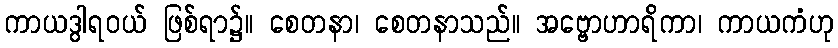
ကာယဒွါရဝယ် ဖြစ်ရာ၌။ စေတနာ၊ စေတနာသည်။ အဗ္ဗောဟာရိကာ၊ ကာယကံဟု